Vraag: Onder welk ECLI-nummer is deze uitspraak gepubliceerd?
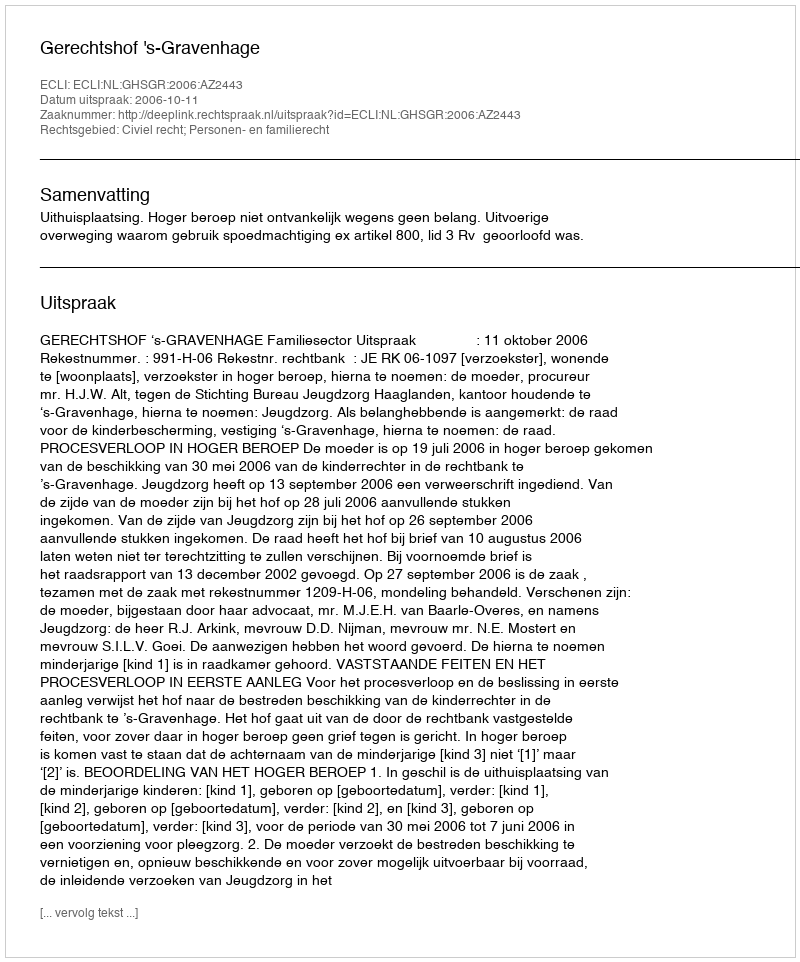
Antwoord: ECLI:NL:GHSGR:2006:AZ2443